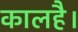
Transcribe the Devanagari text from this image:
कालहै।